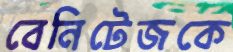
বেনিটেজকে